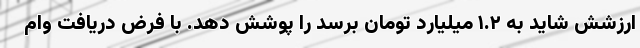
ارزشش شاید به ۱.۲ میلیارد تومان برسد را پوشش دهد. با فرض دریافت وام